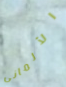
الألمانى